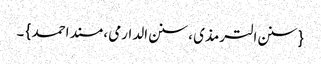
{ سنن الترمذی ، سنن الدارمی ، مسند احمد } ۔